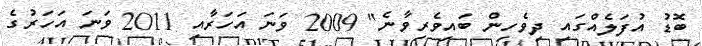
ބޮޑު އުފަލެއްގައި ދިވެހިން ބައިވެރިވާނެ" 2009 ވަނަ އަހަރާއި 2011 ވަނަ އަހަރުގެ